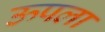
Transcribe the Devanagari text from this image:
ऊपला